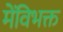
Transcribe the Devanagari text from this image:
मेंविभक्त